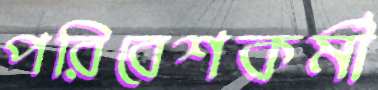
পরিবেশকর্মী